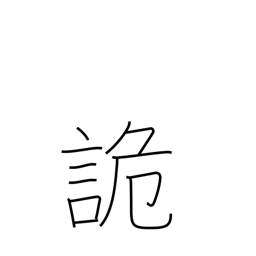
Meaning: deceive